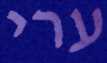
ערי